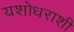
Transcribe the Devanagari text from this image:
यशोधराशी